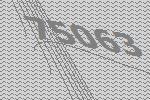
75063